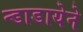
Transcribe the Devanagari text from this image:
न्डाडायेने